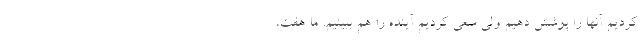
کردیم آنها را پوشش دهیم ولی سعی کردیم آینده را هم ببینیم. ما هفت،